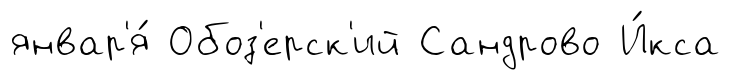
январ'я́ Обоз'ерск'ий Сандрово И́кса